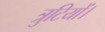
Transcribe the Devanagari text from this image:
त्रुटियों।